Scottish Certificate of Education, 1963
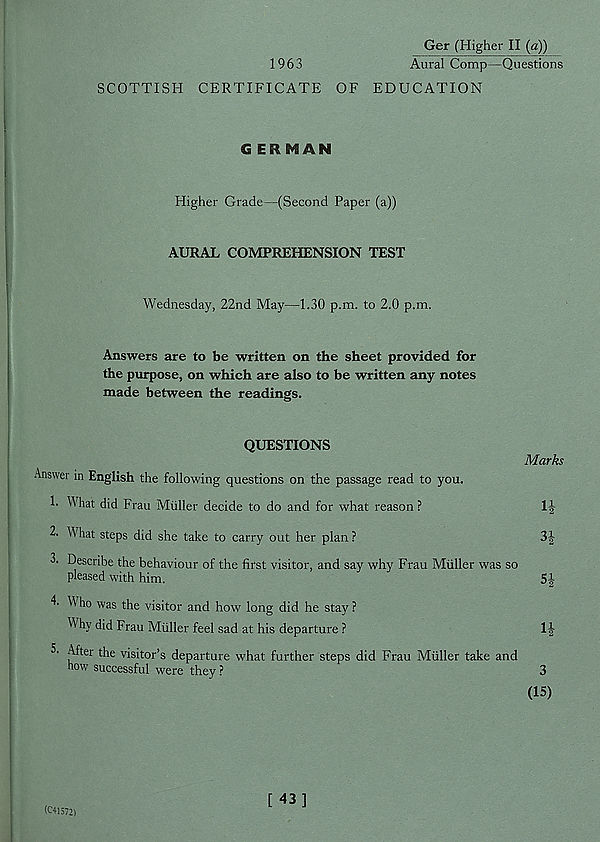
Ger (Higher II (a))
1963
Aural Comp—Questions
SCOTTISH CERTIFICATE OF EDUCATION
GERMAN
Higher Grade—(Second Paper (a))
AURAL COMPREHENSION TEST
Wednesday, 22nd May—1.30 p.m. to 2.0 p.m.
Answers are to be written on the sheet provided for
the purpose, on which are also to be written any notes
made between the readings.
QUESTIONS
Answer in English the following questions on the passage read to you.
!■ What did Frau Muller decide to do and for what reason ?
2. What steps did she take to carry out her plan ?
3. Describe the behaviour of the first visitor, and say why Frau Muller was so
pleased with him.
Marks
4
3*
5|
4. ho was the visitor and how long did he stay ?
W hy did Frau Muller feel sad at his departure ?
1J
5' After the visitor’s departure what further steps did Frau Muller take and
how successful were they ?
3
(15)
(C41572)
[ 43]